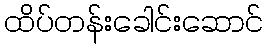
ထိပ်တန်းခေါင်းဆောင်